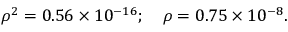
\rho ^ { 2 } = 0 . 5 6 \times 1 0 ^ { - 1 6 } ; \quad \rho = 0 . 7 5 \times 1 0 ^ { - 8 } .